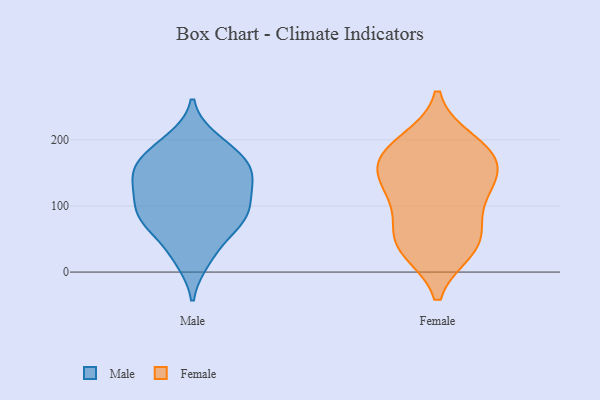
{"axis": {"x": "Net Income (USD K)", "y": "Value"}, "legend": ["Female", "Male"], "data": [{"x": "", "y": 75, "type": "Male"}, {"x": "", "y": 150, "type": "Male"}, {"x": "", "y": 139, "type": "Male"}, {"x": "", "y": 171, "type": "Male"}, {"x": "", "y": 157, "type": "Male"}, {"x": "", "y": 19, "type": "Male"}, {"x": "", "y": 78, "type": "Male"}, {"x": "", "y": 154, "type": "Male"}, {"x": "", "y": 92, "type": "Male"}, {"x": "", "y": 193, "type": "Male"}, {"x": "", "y": 27, "type": "Male"}, {"x": "", "y": 101, "type": "Male"}, {"x": "", "y": 124, "type": "Male"}, {"x": "", "y": 199, "type": "Male"}, {"x": "", "y": 175, "type": "Male"}, {"x": "", "y": 102, "type": "Male"}, {"x": "", "y": 66, "type": "Male"}, {"x": "", "y": 80, "type": "Male"}, {"x": "", "y": 137, "type": "Male"}, {"x": "", "y": 113, "type": "Female"}, {"x": "", "y": 165, "type": "Female"}, {"x": "", "y": 158, "type": "Female"}, {"x": "", "y": 132, "type": "Female"}, {"x": "", "y": 35, "type": "Female"}, {"x": "", "y": 196, "type": "Female"}, {"x": "", "y": 60, "type": "Female"}, {"x": "", "y": 48, "type": "Female"}, {"x": "", "y": 181, "type": "Female"}, {"x": "", "y": 39, "type": "Female"}, {"x": "", "y": 118, "type": "Female"}, {"x": "", "y": 179, "type": "Female"}]}